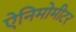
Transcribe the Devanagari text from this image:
ऐनिमोमीटर